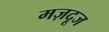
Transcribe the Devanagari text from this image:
मज़दूज